Subject: physics
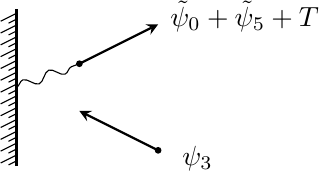
LaTeX code:
\begin{tikzpicture}[baseline=.9cm]

\draw[very thick] (-3,0) -- (-3,2);
\draw[->,>=stealth,thick] (-1.2, 0.2) -- (-2.2, 0.7);
\draw[<-,>=stealth,thick] (-1.2, 1.8) -- (-2.2, 1.3);
\draw[decorate, decoration={snake,amplitude=.6mm}] (-3,1) -- (-2.2, 1.3);

\foreach \x in {0,...,12} \draw (-3-.2,.15*\x+.04) -- (.2-3-.2,.15*\x+.1+.04);
\foreach \x in {-1,...,11} \draw (-3-.1,.15*\x+.09+.075) -- (.2-3-.2,.15*\x+.1+.04+.075);

\node at (-.1, 1.9) {$\tilde{\psi}_0 +\tilde{\psi}_5 + T$};
\node at (-1.7+1,.1) {$\psi_3$};

\filldraw (-1.2, 0.2) circle (1pt);
\filldraw (-2.2, 1.3) circle (1pt);

\end{tikzpicture}